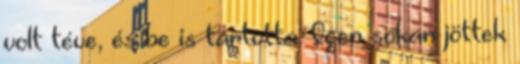
volt téve, és be is tartotta. Igen sokan jöttek